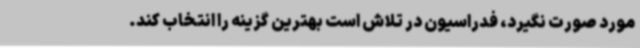
مورد صورت نگیرد، فدراسیون در تلاش است بهترین گزینه را انتخاب کند.